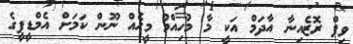
ވިޕް ރޮޒެއިނާ އާދަމް އަކީ މާ މުހިއްމު މީހެއް ނޫން ކަމަށް އެމްޑީޕީގެ